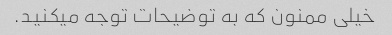
خیلی ممنون که به توضیحات توجه میکنید.